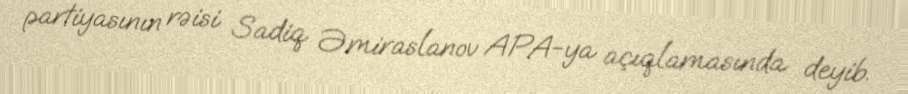
partiyasının rəisi Sadiq Əmiraslanov APA-ya açıqlamasında deyib.